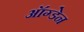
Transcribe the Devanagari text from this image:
ऑग्डेन